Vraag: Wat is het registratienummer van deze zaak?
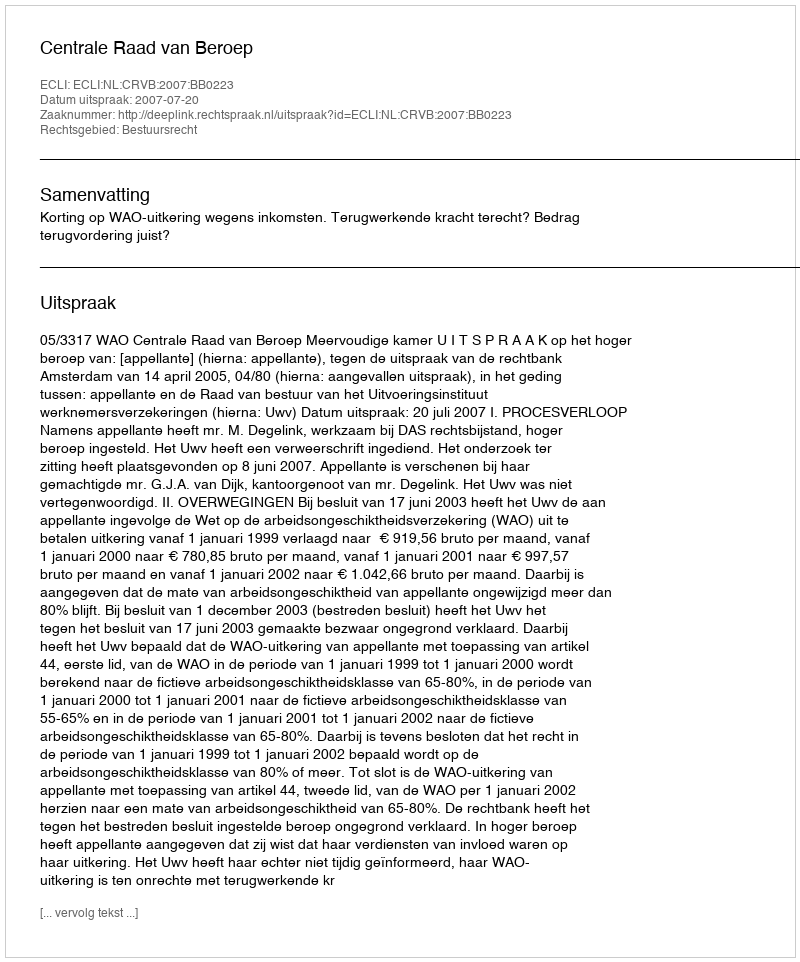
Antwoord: http://deeplink.rechtspraak.nl/uitspraak?id=ECLI:NL:CRVB:2007:BB0223